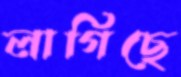
লাগিছে